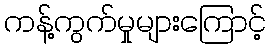
ကန့်ကွက်မှုများကြောင့်